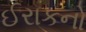
ઈરાકનો